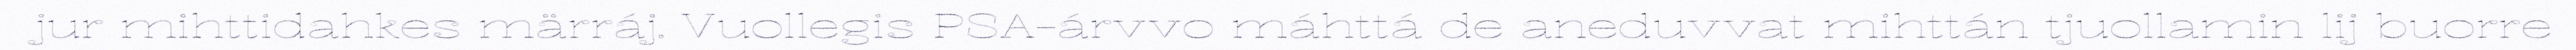
jur mihttidahkes märráj. Vuollegis PSA-árvvo máhttá de aneduvvat mihttán tjuollamin lij buorre